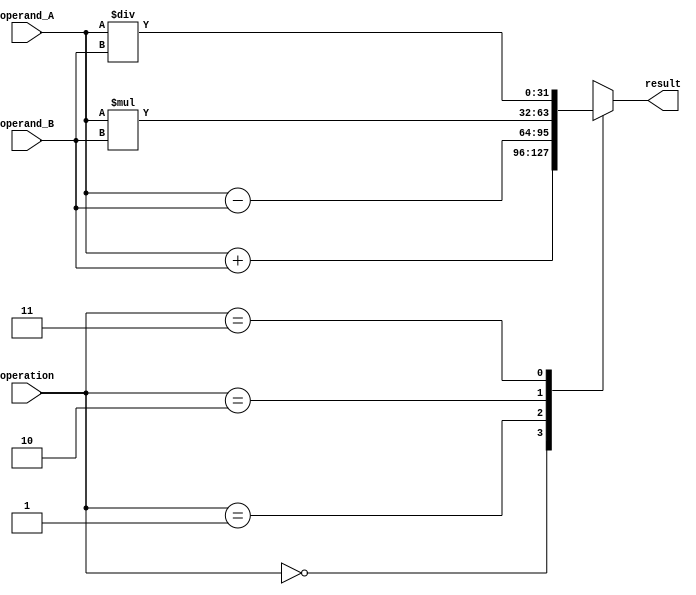
module ALU_32bit(
    input [31:0] operand_A,
    input [31:0] operand_B,
    input [1:0] operation,
    output reg [31:0] result
);

always @(*)
begin
    case(operation)
        2'b00: result = operand_A + operand_B; // Addition
        2'b01: result = operand_A - operand_B; // Subtraction
        2'b10: result = operand_A * operand_B; // Multiplication
        2'b11: result = operand_A / operand_B; // Division
        default: result = 32'd0; // Default case
    endcase
end

endmodule